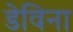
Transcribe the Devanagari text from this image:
डेविना